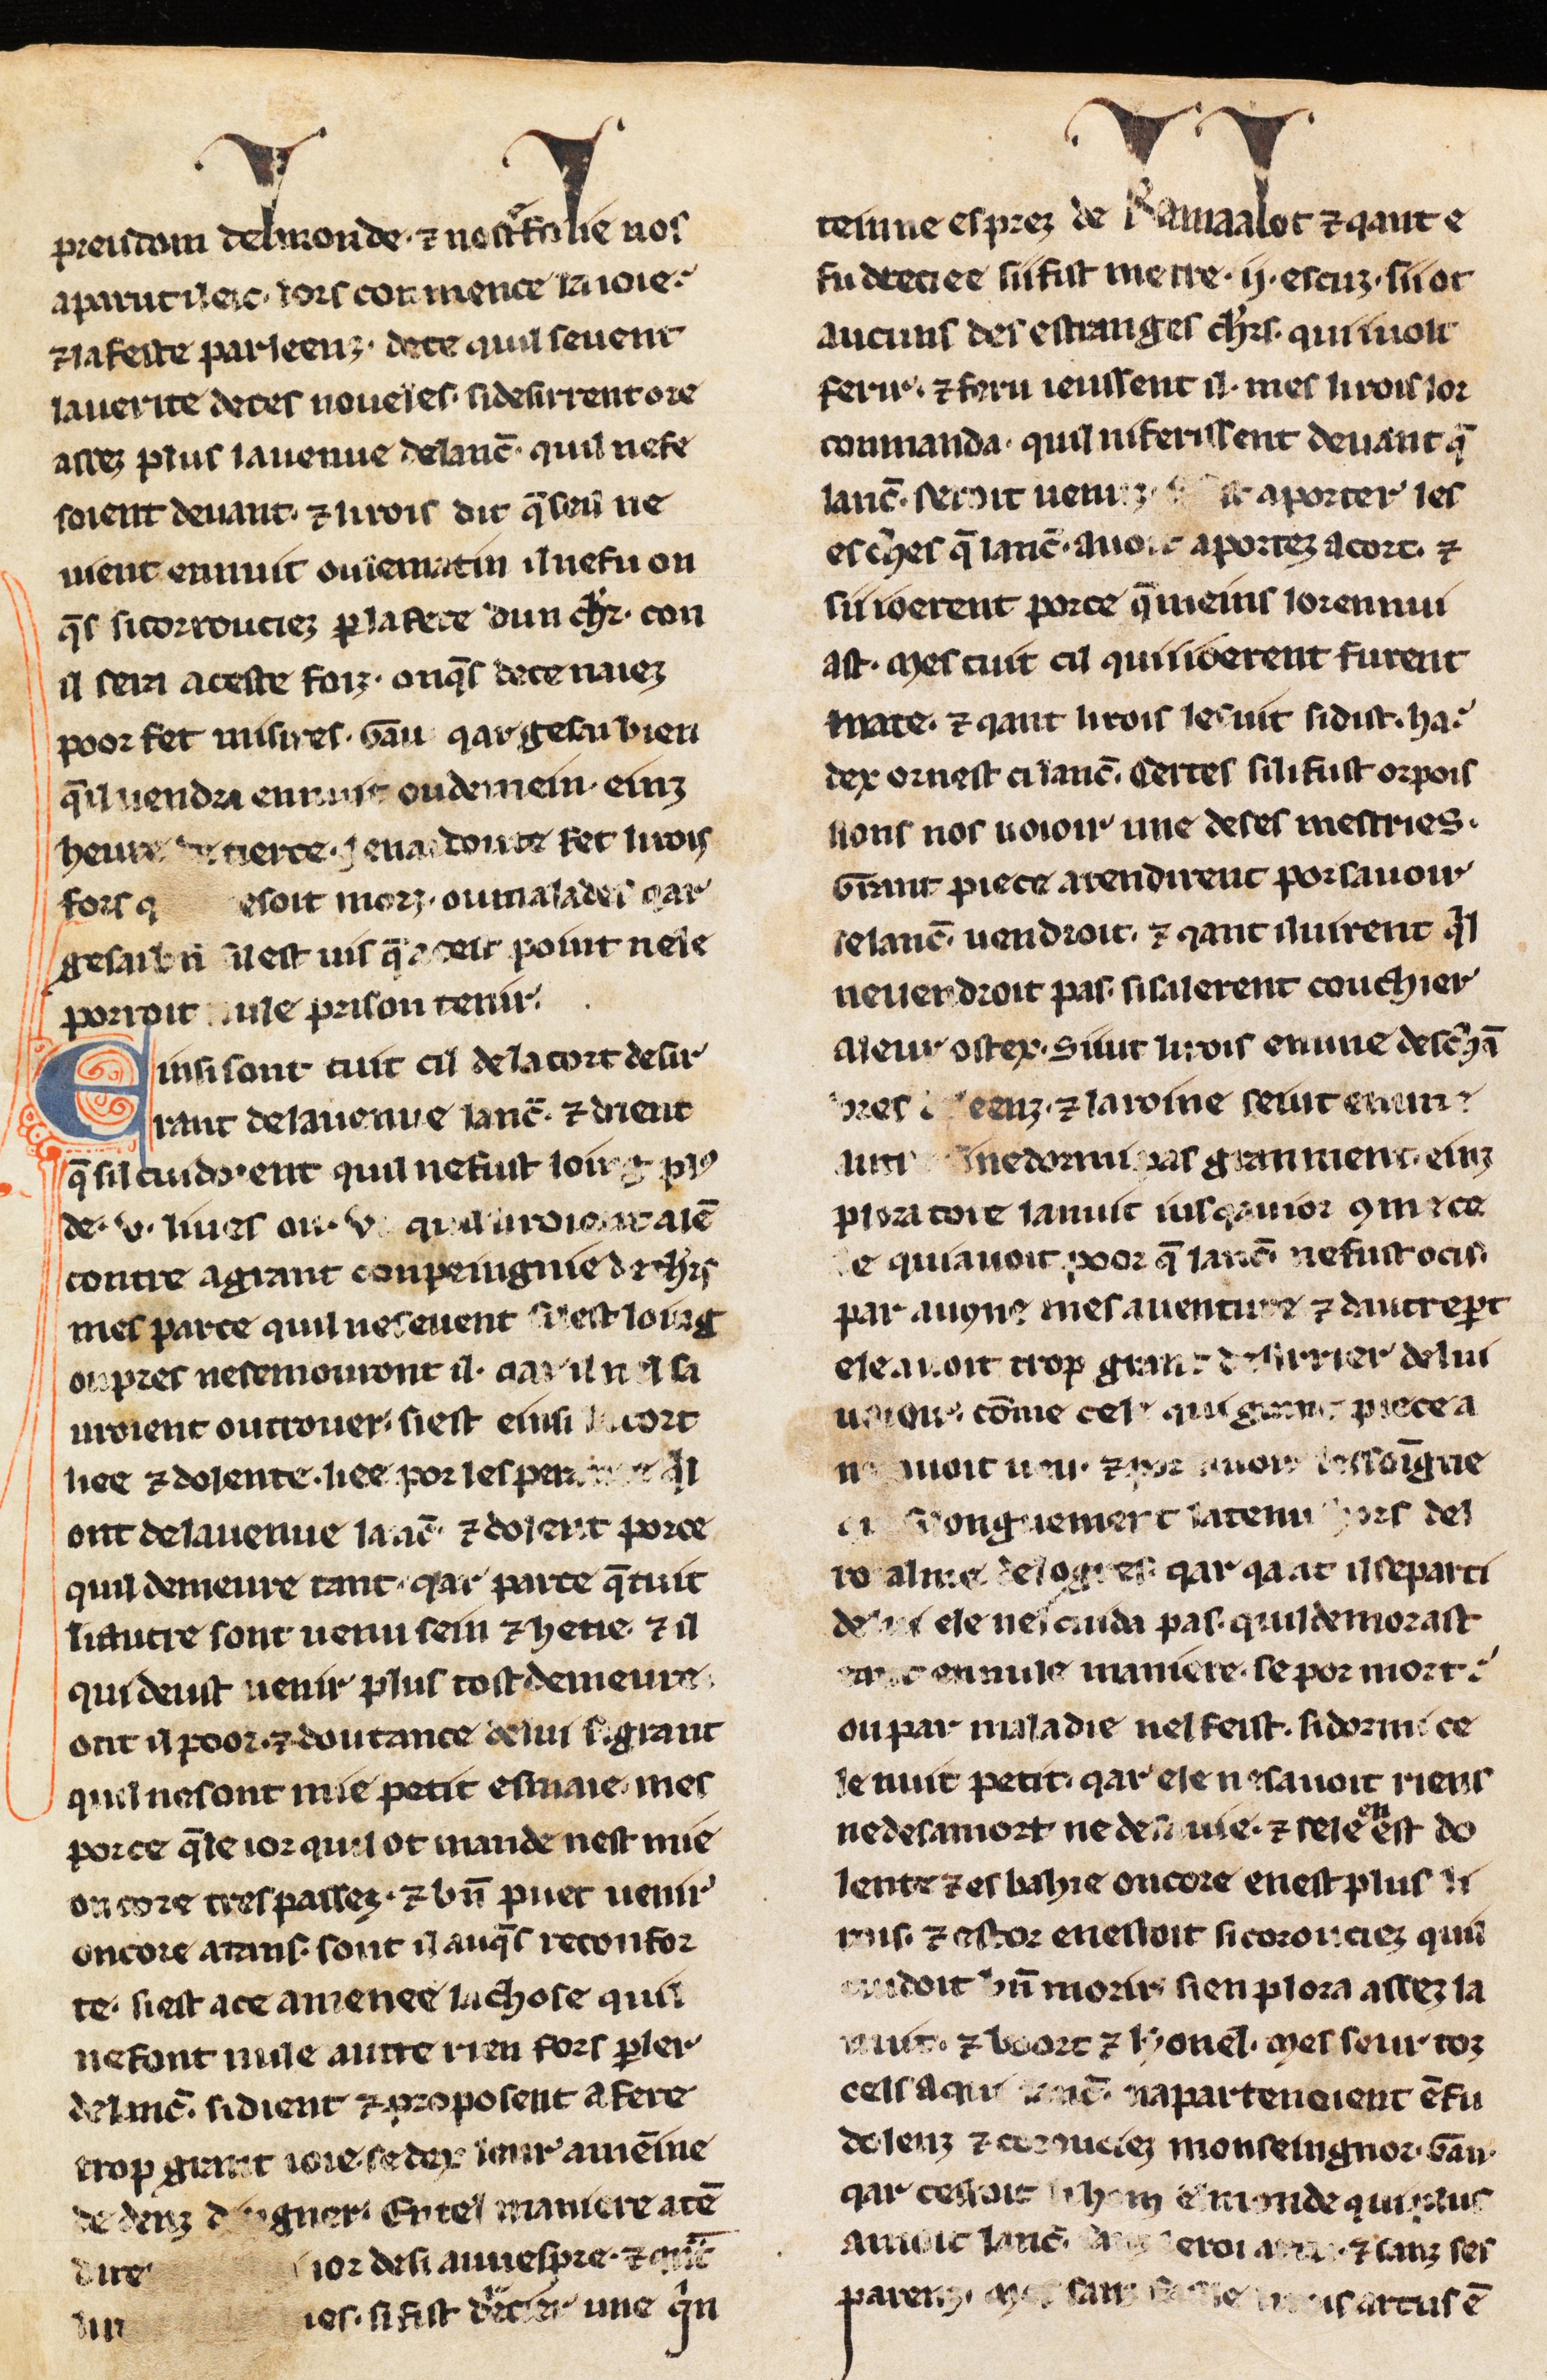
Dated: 1275–1299